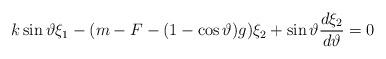
LaTeX: \begin{align*}k\sin \vartheta \xi _1-(m-F-(1-\cos \vartheta )g)\xi _2+\sin\vartheta \frac{d\xi _2}{d\vartheta }=0\end{align*}